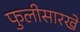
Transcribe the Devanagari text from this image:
फुलीसारखे